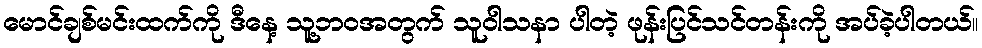
မောင်ချစ်မင်းထက်ကို ဒီနေ့ သူ့ဘဝအတွက် သူဝါသနာ ပါတဲ့ ဖုန်းပြင်သင်တန်းကို အပ်ခဲ့ပါတယ်။